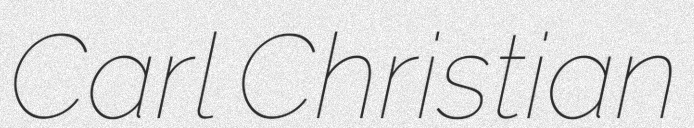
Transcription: Carl Christian